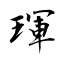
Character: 琿